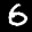
Label: 6